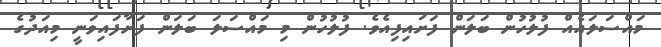
މައްސަލައެއް ފުލުހުން ބަލަން ފަށައިފިއެވެ. ފުލުހުން މި މައްސަލަ ބަލަން ފަށާފައިވަނީ މިއަދުގެ